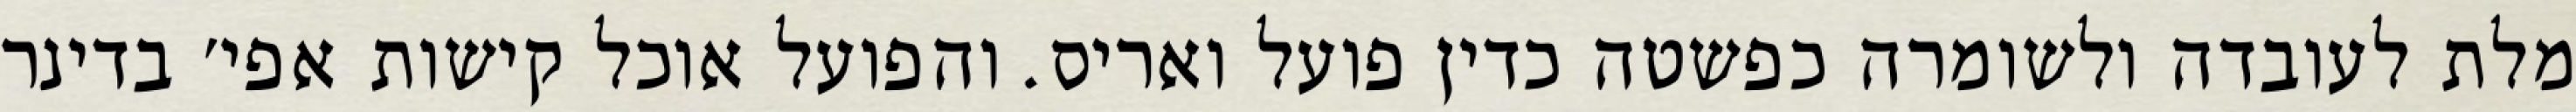
מלת לעובדה ולשומרה כפשטה כדין פועל ואריס. והפועל אוכל קישות אפי׳ בדינר